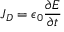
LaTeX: { \boldsymbol { J _ { D } } } = \epsilon _ { 0 } { \frac { \partial { \boldsymbol { E } } } { \partial t } }